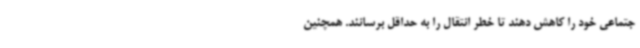
جتماعی خود را کاهش دهند تا خطر انتقال را به حداقل برسانند. همچنین